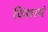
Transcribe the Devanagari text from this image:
विसावं